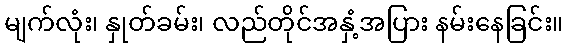
မျက်လုံး၊ နှုတ်ခမ်း၊ လည်တိုင်အနှံ့အပြား နမ်းနေခြင်း။